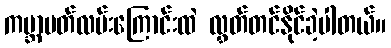
ကမ္ဘာပတ်လမ်းကြောင်းထဲ လွှတ်တင်နိုင်ခဲ့ပါတယ်။